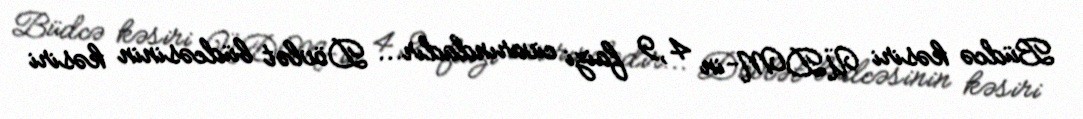
Büdcə kəsiri ÜDM-in 4,9 faizi civarındadır... Dövlət büdcəsinin kəsiri